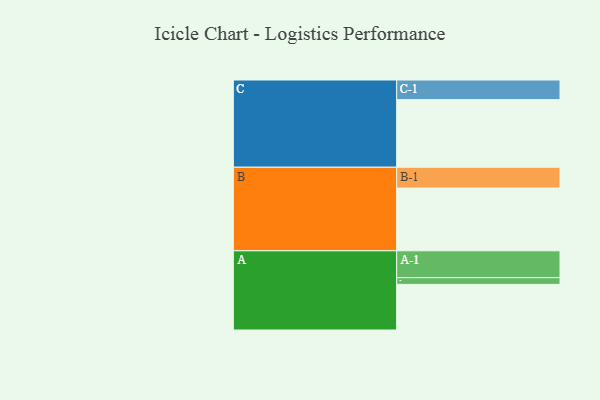
{"axis": {"x": "Segment", "y": "Value"}, "legend": ["", "A", "B", "C"], "data": [{"x": "A", "y": 346, "type": ""}, {"x": "B", "y": 476, "type": ""}, {"x": "C", "y": 513, "type": ""}, {"x": "A-1", "y": 204, "type": "A"}, {"x": "A-2", "y": 51, "type": "A"}, {"x": "B-1", "y": 158, "type": "B"}, {"x": "C-1", "y": 149, "type": "C"}]}